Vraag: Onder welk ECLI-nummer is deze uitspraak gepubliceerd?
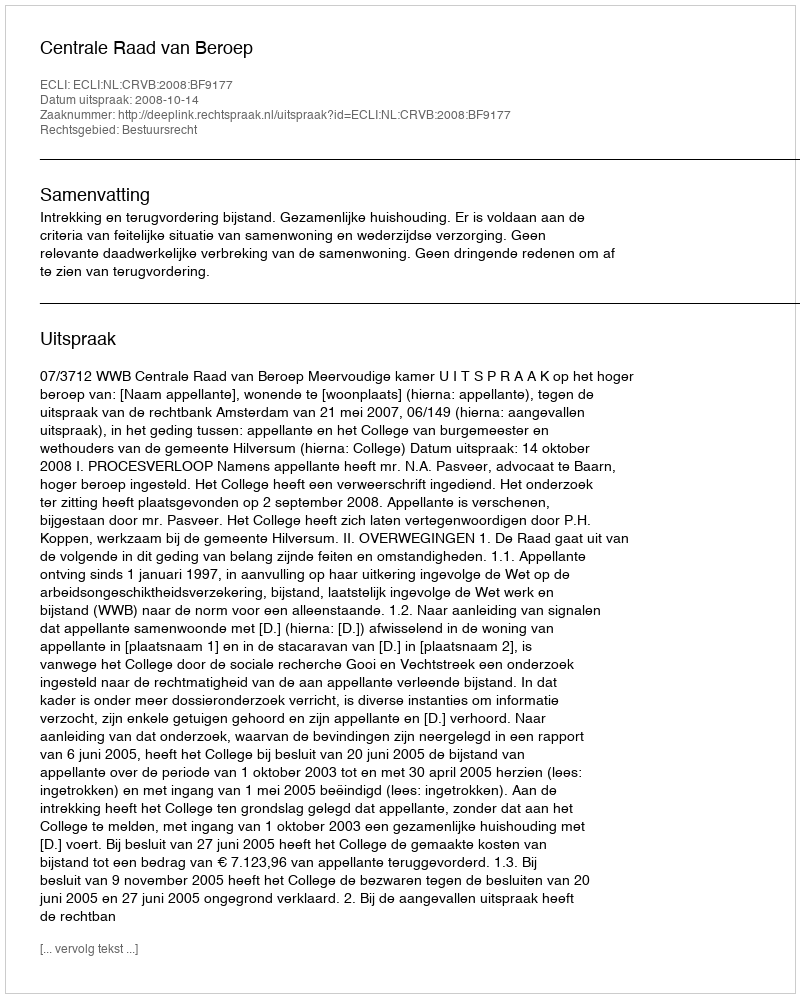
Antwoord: ECLI:NL:CRVB:2008:BF9177